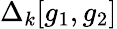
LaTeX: \Delta_{k}[g_{1},g_{2}]